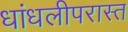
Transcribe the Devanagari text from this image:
धांधलीपरास्त